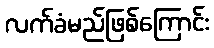
လက်ခံမည်ဖြစ်ကြောင်း